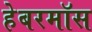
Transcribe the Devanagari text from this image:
हेबरमॉस